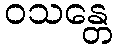
ဝသန္တေ